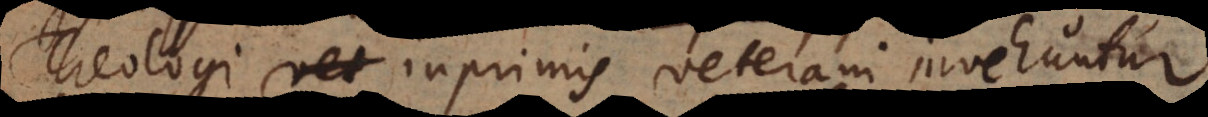
Theologi inprimis veterani invehuntur;